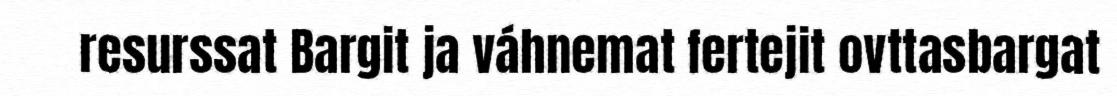
resurssat Bargit ja váhnemat fertejit ovttasbargat